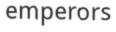
emperors